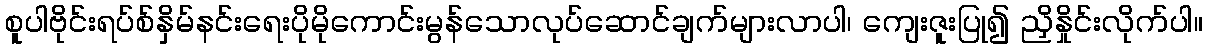
စူပါဗိုင်းရပ်စ်နှိမ်နင်းရေးပိုမိုကောင်းမွန်သောလုပ်ဆောင်ချက်များလာပါ၊ ကျေးဇူးပြု၍ ညှိနှိုင်းလိုက်ပါ။